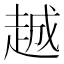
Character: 𬦌